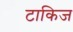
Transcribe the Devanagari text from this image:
टाकिज